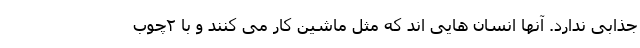
جذابی ندارد. آنها انسان هایی اند که مثل ماشین کار می کنند و با ۲چوب